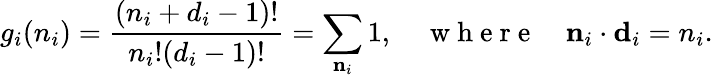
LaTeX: g_{i}(n_{i})=\frac{(n_{i}+d_{i}-1)!}{n_{i}!(d_{i}-1)!}=\sum_{{\mathbf n}_{i}}1,\quad\mathrm{~w~h~e~r~e~}\quad{\mathbf n}_{i}\cdot{\mathbf d}_{i}=n_{i}.